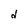
Character: d